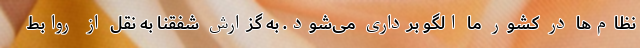
نظام‌ها در کشور ما الگو برداری می‌شود. به گزارش شفقنا به نقل از روابط